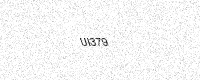
Text: UI379